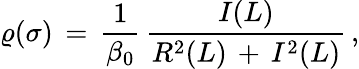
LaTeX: \varrho(\sigma)\, =\, \frac{1}{\beta_{0}}\, \frac{I(L)}{R^{2}(L)\, +\, I^{2}(L)}\, ,